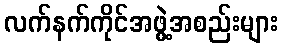
လက်နက်ကိုင်အဖွဲ့အစည်းများ